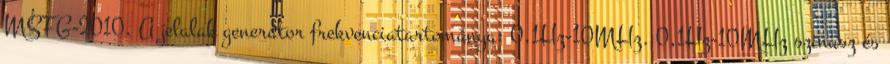
MSFG-2010. A jelalak generátor frekvenciatartománya: 0,1Hz-10MHz. 0,1Hz-10MHz szinusz és